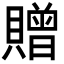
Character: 贈